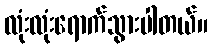
လုံးလုံးရောက်သွားပါတယ်။